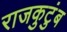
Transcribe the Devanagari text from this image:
राजकुटुंब